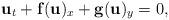
LaTeX: \begin{align*} {\bf u}_t+{\bf f}({\bf u})_x+{\bf g}({\bf u})_y=0, \end{align*}